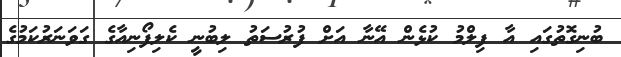
ބުނިގޮތުގައި އާ ފިލްމު ކުޅެން އޭނާ އަށް ފުރުސަތު ލިބުނީ ކެލިފޯނިއާގެ ގަވަނަރުކަމުގެ